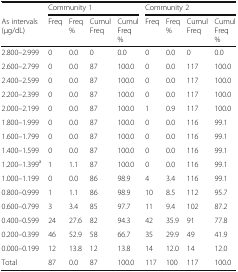
<table><thead><tr><td></td><td colspan="4"><b>Community 1</b></td><td colspan="4"><b>Community 2</b></td></tr><tr><td><b>As intervals (μg/dL)</b></td><td><b>Freq</b></td><td><b>Freq%</b></td><td><b>Cumul Freq</b></td><td><b>CumulFreq%</b></td><td><b>Freq</b></td><td><b>Freq%</b></td><td><b>Cumul Freq</b></td><td><b>CumulFreq%</b></td></tr></thead><tbody><tr><td>2.800–2.999</td><td>0</td><td>0.0</td><td>0</td><td>0.0</td><td>0</td><td>0.0</td><td>0</td><td>0.0</td></tr><tr><td>2.600–2.799</td><td>0</td><td>0.0</td><td>87</td><td>100.0</td><td>0</td><td>0.0</td><td>117</td><td>100.0</td></tr><tr><td>2.400–2.599</td><td>0</td><td>0.0</td><td>87</td><td>100.0</td><td>0</td><td>0.0</td><td>117</td><td>100.0</td></tr><tr><td>2.200–2.399</td><td>0</td><td>0.0</td><td>87</td><td>100.0</td><td>0</td><td>0.0</td><td>117</td><td>100.0</td></tr><tr><td>2.000–2.199</td><td>0</td><td>0.0</td><td>87</td><td>100.0</td><td>1</td><td>0.9</td><td>117</td><td>100.0</td></tr><tr><td>1.800–1.999</td><td>0</td><td>0.0</td><td>87</td><td>100.0</td><td>0</td><td>0.0</td><td>116</td><td>99.1</td></tr><tr><td>1.600–1.799</td><td>0</td><td>0.0</td><td>87</td><td>100.0</td><td>0</td><td>0.0</td><td>116</td><td>99.1</td></tr><tr><td>1.400–1.599</td><td>0</td><td>0.0</td><td>87</td><td>100.0</td><td>0</td><td>0.0</td><td>116</td><td>99.1</td></tr><tr><td>1.200–1.399<sup>a</sup></td><td>1</td><td>1.1</td><td>87</td><td>100.0</td><td>0</td><td>0.0</td><td>116</td><td>99.1</td></tr><tr><td>1.000–1.199</td><td>0</td><td>0.0</td><td>86</td><td>98.9</td><td>4</td><td>3.4</td><td>116</td><td>99.1</td></tr><tr><td>0.800–0.999</td><td>1</td><td>1.1</td><td>86</td><td>98.9</td><td>10</td><td>8.5</td><td>112</td><td>95.7</td></tr><tr><td>0.600–0.799</td><td>3</td><td>3.4</td><td>85</td><td>97.7</td><td>11</td><td>9.4</td><td>102</td><td>87.2</td></tr><tr><td>0.400–0.599</td><td>24</td><td>27.6</td><td>82</td><td>94.3</td><td>42</td><td>35.9</td><td>91</td><td>77.8</td></tr><tr><td>0.200–0.399</td><td>46</td><td>52.9</td><td>58</td><td>66.7</td><td>35</td><td>29.9</td><td>49</td><td>41.9</td></tr><tr><td>0.000–0.199</td><td>12</td><td>13.8</td><td>12</td><td>13.8</td><td>14</td><td>12.0</td><td>14</td><td>12.0</td></tr><tr><td>Total</td><td>87</td><td>0.0</td><td>87</td><td>100.0</td><td>117</td><td>100</td><td>117</td><td>100.0</td></tr></tbody></table>